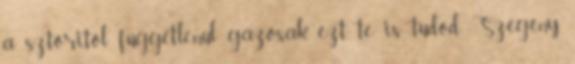
a sztoritól függetlenül gázosak, ezt te is tudod Szegény